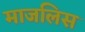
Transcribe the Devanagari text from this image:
माजलिस